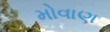
મોવાણ